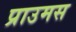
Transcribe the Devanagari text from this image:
प्राउमस